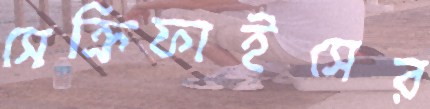
সেক্রিফাইসের